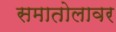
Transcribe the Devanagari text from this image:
समातोलावर